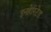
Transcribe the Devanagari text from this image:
इनहेरिटेड